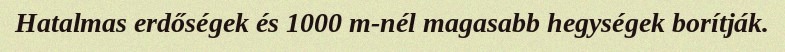
Hatalmas erdőségek és 1000 m-nél magasabb hegységek borítják.